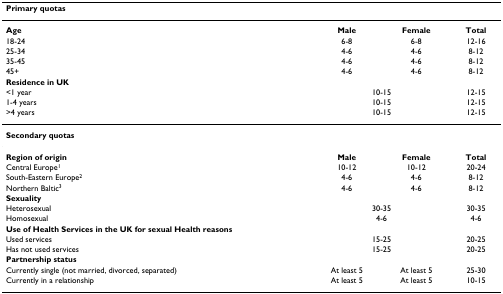
<table><thead><tr><td><b>Primary quotas</b></td><td></td><td></td><td></td></tr></thead><tbody><tr><td><b>Age</b></td><td><b>Male</b></td><td><b>Female</b></td><td><b>Total</b></td></tr><tr><td>18-24</td><td>6-8</td><td>6-8</td><td>12-16</td></tr><tr><td>25-34</td><td>4-6</td><td>4-6</td><td>8-12</td></tr><tr><td>35-45</td><td>4-6</td><td>4-6</td><td>8-12</td></tr><tr><td>45+</td><td>4-6</td><td>4-6</td><td>8-12</td></tr><tr><td><b>Residence in UK</b></td><td></td><td></td><td></td></tr><tr><td>&lt;1 year</td><td colspan="2">10-15</td><td>12-15</td></tr><tr><td>1-4 years</td><td colspan="2">10-15</td><td>12-15</td></tr><tr><td>&gt;4 years</td><td colspan="2">10-15</td><td>12-15</td></tr><tr><td><b>Secondary quotas</b></td><td></td><td></td><td></td></tr><tr><td><b>Region of origin</b></td><td><b>Male</b></td><td><b>Female</b></td><td><b>Total</b></td></tr><tr><td>Central Europe<sup>1</sup></td><td>10-12</td><td>10-12</td><td>20-24</td></tr><tr><td>South-Eastern Europe<sup>2</sup></td><td>4-6</td><td>4-6</td><td>8-12</td></tr><tr><td>Northern Baltic<sup>3</sup></td><td>4-6</td><td>4-6</td><td>8-12</td></tr><tr><td><b>Sexuality</b></td><td></td><td></td><td></td></tr><tr><td>Heterosexual</td><td colspan="2">30-35</td><td>30-35</td></tr><tr><td>Homosexual</td><td colspan="2">4-6</td><td>4-6</td></tr><tr><td colspan="4"><b>Use of Health Services in the UK for sexual Health reasons</b></td></tr><tr><td>Used services</td><td colspan="2">15-25</td><td>20-25</td></tr><tr><td>Has not used services</td><td colspan="2">15-25</td><td>20-25</td></tr><tr><td><b>Partnership status</b></td><td></td><td></td><td></td></tr><tr><td>Currently single (not married, divorced, separated)</td><td>At least 5</td><td>At least 5</td><td>25-30</td></tr><tr><td>Currently in a relationship</td><td>At least 5</td><td>At least 5</td><td>10-15</td></tr></tbody></table>